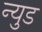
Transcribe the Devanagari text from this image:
न्युड